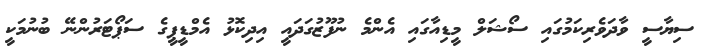
ސިޔާސީ ވާދަވެރިކަމުގައި ސޯޝަލް މީޑިއާގައި އެންމެ ނުފޫޒުގަދައީ އިދިކޮޅު އެމްޑީޕީގެ ސަޕޯޓަރުންނޭ ބުނުމަކީ